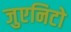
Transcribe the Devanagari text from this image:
जुएनिटो